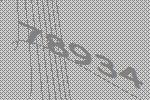
78934